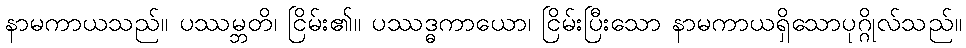
နာမကာယသည်။ ပဿမ္ဘတိ၊ ငြိမ်း၏။ ပဿဒ္ဓကာယော၊ ငြိမ်းပြီးသော နာမကာယရှိသောပုဂ္ဂိုလ်သည်။